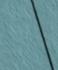
Signature authenticity: forged